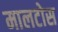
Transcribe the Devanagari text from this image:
मालटोस